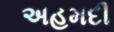
અહમદી